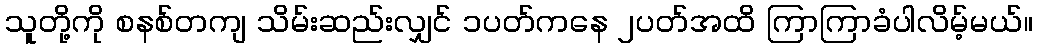
သူတို့ကို စနစ်တကျ သိမ်းဆည်းလျှင် ၁ပတ်ကနေ ၂ပတ်အထိ ကြာကြာခံပါလိမ့်မယ်။